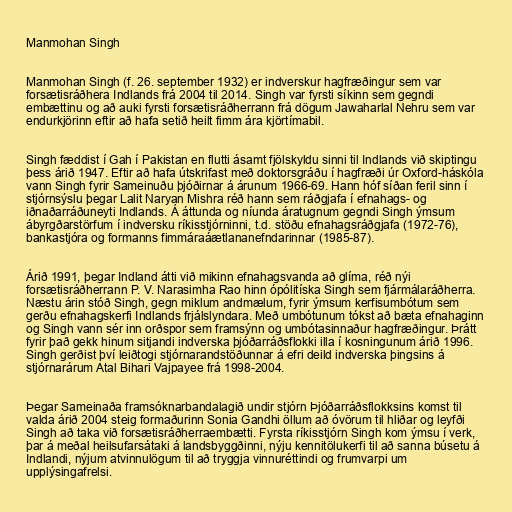
Manmohan Singh

Manmohan Singh (f. 26. september 1932) er indverskur hagfræðingur sem var
forsætisráðhera Indlands frá 2004 til 2014. Singh var fyrsti síkinn sem gegndi
embættinu og að auki fyrsti forsætisráðherrann frá dögum Jawaharlal Nehru sem var
endurkjörinn eftir að hafa setið heilt fimm ára kjörtímabil.

Singh fæddist í Gah í Pakistan en flutti ásamt fjölskyldu sinni til Indlands við skiptingu
þess árið 1947. Eftir að hafa útskrifast með doktorsgráðu í hagfræði úr Oxford-háskóla
vann Singh fyrir Sameinuðu þjóðirnar á árunum 1966-69. Hann hóf síðan feril sinn í
stjórnsýslu þegar Lalit Naryan Mishra réð hann sem ráðgjafa í efnahags- og
iðnaðarráðuneyti Indlands. Á áttunda og níunda áratugnum gegndi Singh ýmsum
ábyrgðarstörfum í indversku ríkisstjórninni, t.d. stöðu efnahagsráðgjafa (1972-76),
bankastjóra og formanns fimmáraáætlananefndarinnar (1985-87).

Árið 1991, þegar Indland átti við mikinn efnahagsvanda að glíma, réð nýi
forsætisráðherrann P. V. Narasimha Rao hinn ópólitíska Singh sem fjármálaráðherra.
Næstu árin stóð Singh, gegn miklum andmælum, fyrir ýmsum kerfisumbótum sem
gerðu efnahagskerfi Indlands frjálslyndara. Með umbótunum tókst að bæta efnahaginn
og Singh vann sér inn orðspor sem framsýnn og umbótasinnaður hagfræðingur. Þrátt
fyrir það gekk hinum sitjandi indverska þjóðarráðsflokki illa í kosningunum árið 1996.
Singh gerðist því leiðtogi stjórnarandstöðunnar á efri deild indverska þingsins á
stjórnarárum Atal Bihari Vajpayee frá 1998-2004.

Þegar Sameinaða framsóknarbandalagið undir stjórn Þjóðarráðsflokksins komst til
valda árið 2004 steig formaðurinn Sonia Gandhi öllum að óvörum til hliðar og leyfði
Singh að taka við forsætisráðherraembætti. Fyrsta ríkisstjórn Singh kom ýmsu í verk,
þar á meðal heilsufarsátaki á landsbyggðinni, nýju kennitölukerfi til að sanna búsetu á
Indlandi, nýjum atvinnulögum til að tryggja vinnuréttindi og frumvarpi um
upplýsingafrelsi.